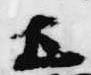
土